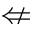
\nLeftarrow